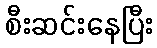
စီးဆင်းနေပြီး